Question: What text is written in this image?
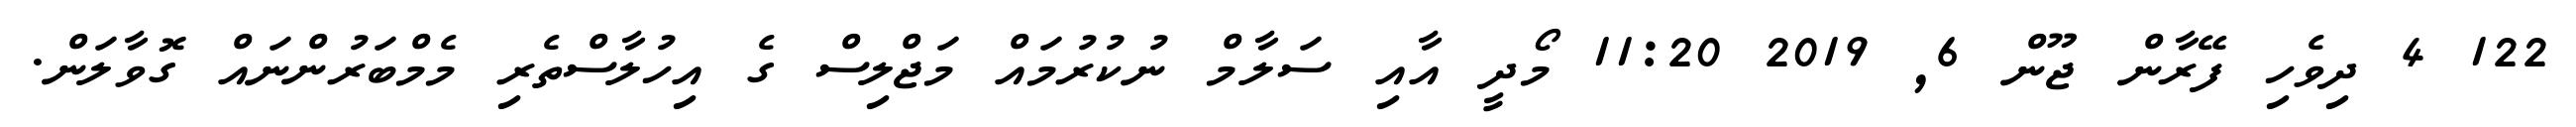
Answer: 122 4 ދިވެހި ފޭރާން ޖޫން 6, 2019 11:20 މޯދީ އާއި ސަލާމް ނުކުރުމައް މަޖްލިސް ގެ އިހުލާސްތެރި މެމްބަރުންނައް ގޮވާލަން.